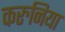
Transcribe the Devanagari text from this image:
करुनिया